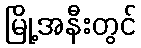
မြို့အနီးတွင်